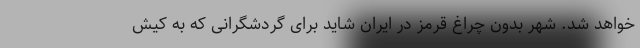
خواهد شد. شهر بدون چراغ قرمز در ایران شاید برای گردشگرانی که به کیش